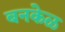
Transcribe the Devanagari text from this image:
बनकेळ